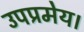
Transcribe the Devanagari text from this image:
उपप्रमेय।